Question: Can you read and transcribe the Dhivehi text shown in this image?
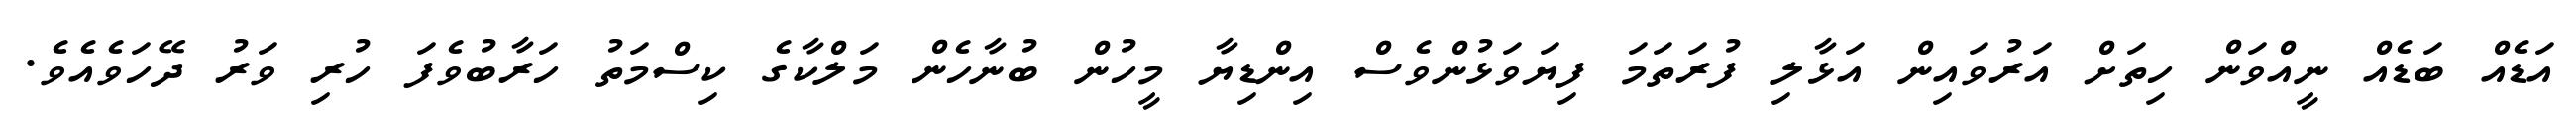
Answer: އަޑެއް ބަޑެއް ނީއްވަން ހިތަށް އަރުވައިން އަޅާލި ފުރަތަމަ ފިޔަވަޅުންވެސް އިންޑިޔާ މީހުން ބުނާހެން މަލްކާގެ ކިސްމަތު ހަރާބުވެފަ ހުރި ވަރު ދޭހަވެއެވެ.